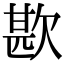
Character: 歁